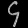
Digit: ၄